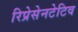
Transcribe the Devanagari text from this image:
रिप्रेसेनटेटिव